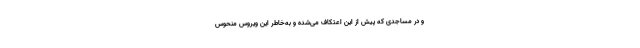
و در مساجدی که پیش از این اعتکاف می‌شده و به‌خاطر این ویروس منحوس